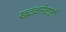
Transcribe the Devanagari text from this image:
खटकनेवाली